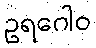
ဥရဂေါဝ